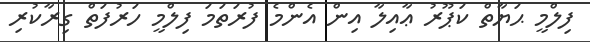
ފިލްމީ ޙަޔާތް ކަޕޫރު ޢާއިލާ އިން އެންމެ ފުރަތަމަ ފިލްމީ ހަރުފަތް ގިރާކުރި